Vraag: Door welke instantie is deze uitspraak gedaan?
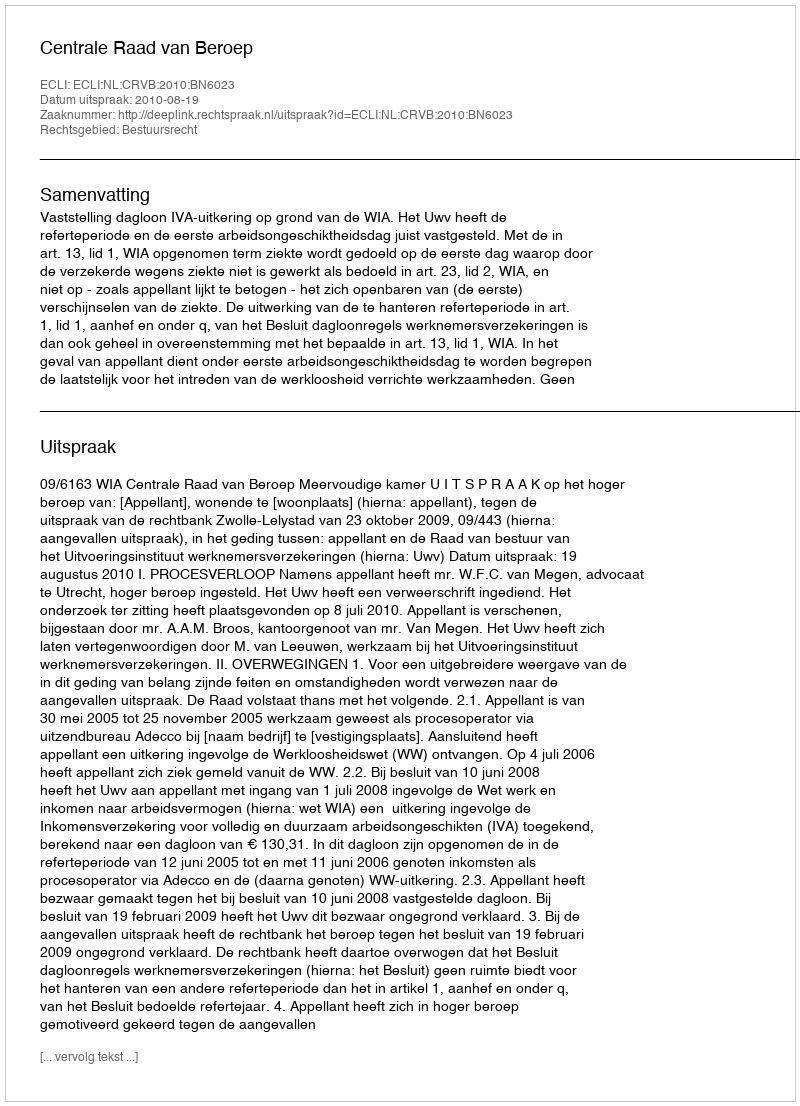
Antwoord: Centrale Raad van Beroep